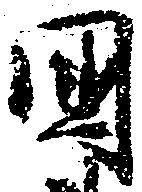
国